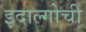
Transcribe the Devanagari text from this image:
इदाल्गोची